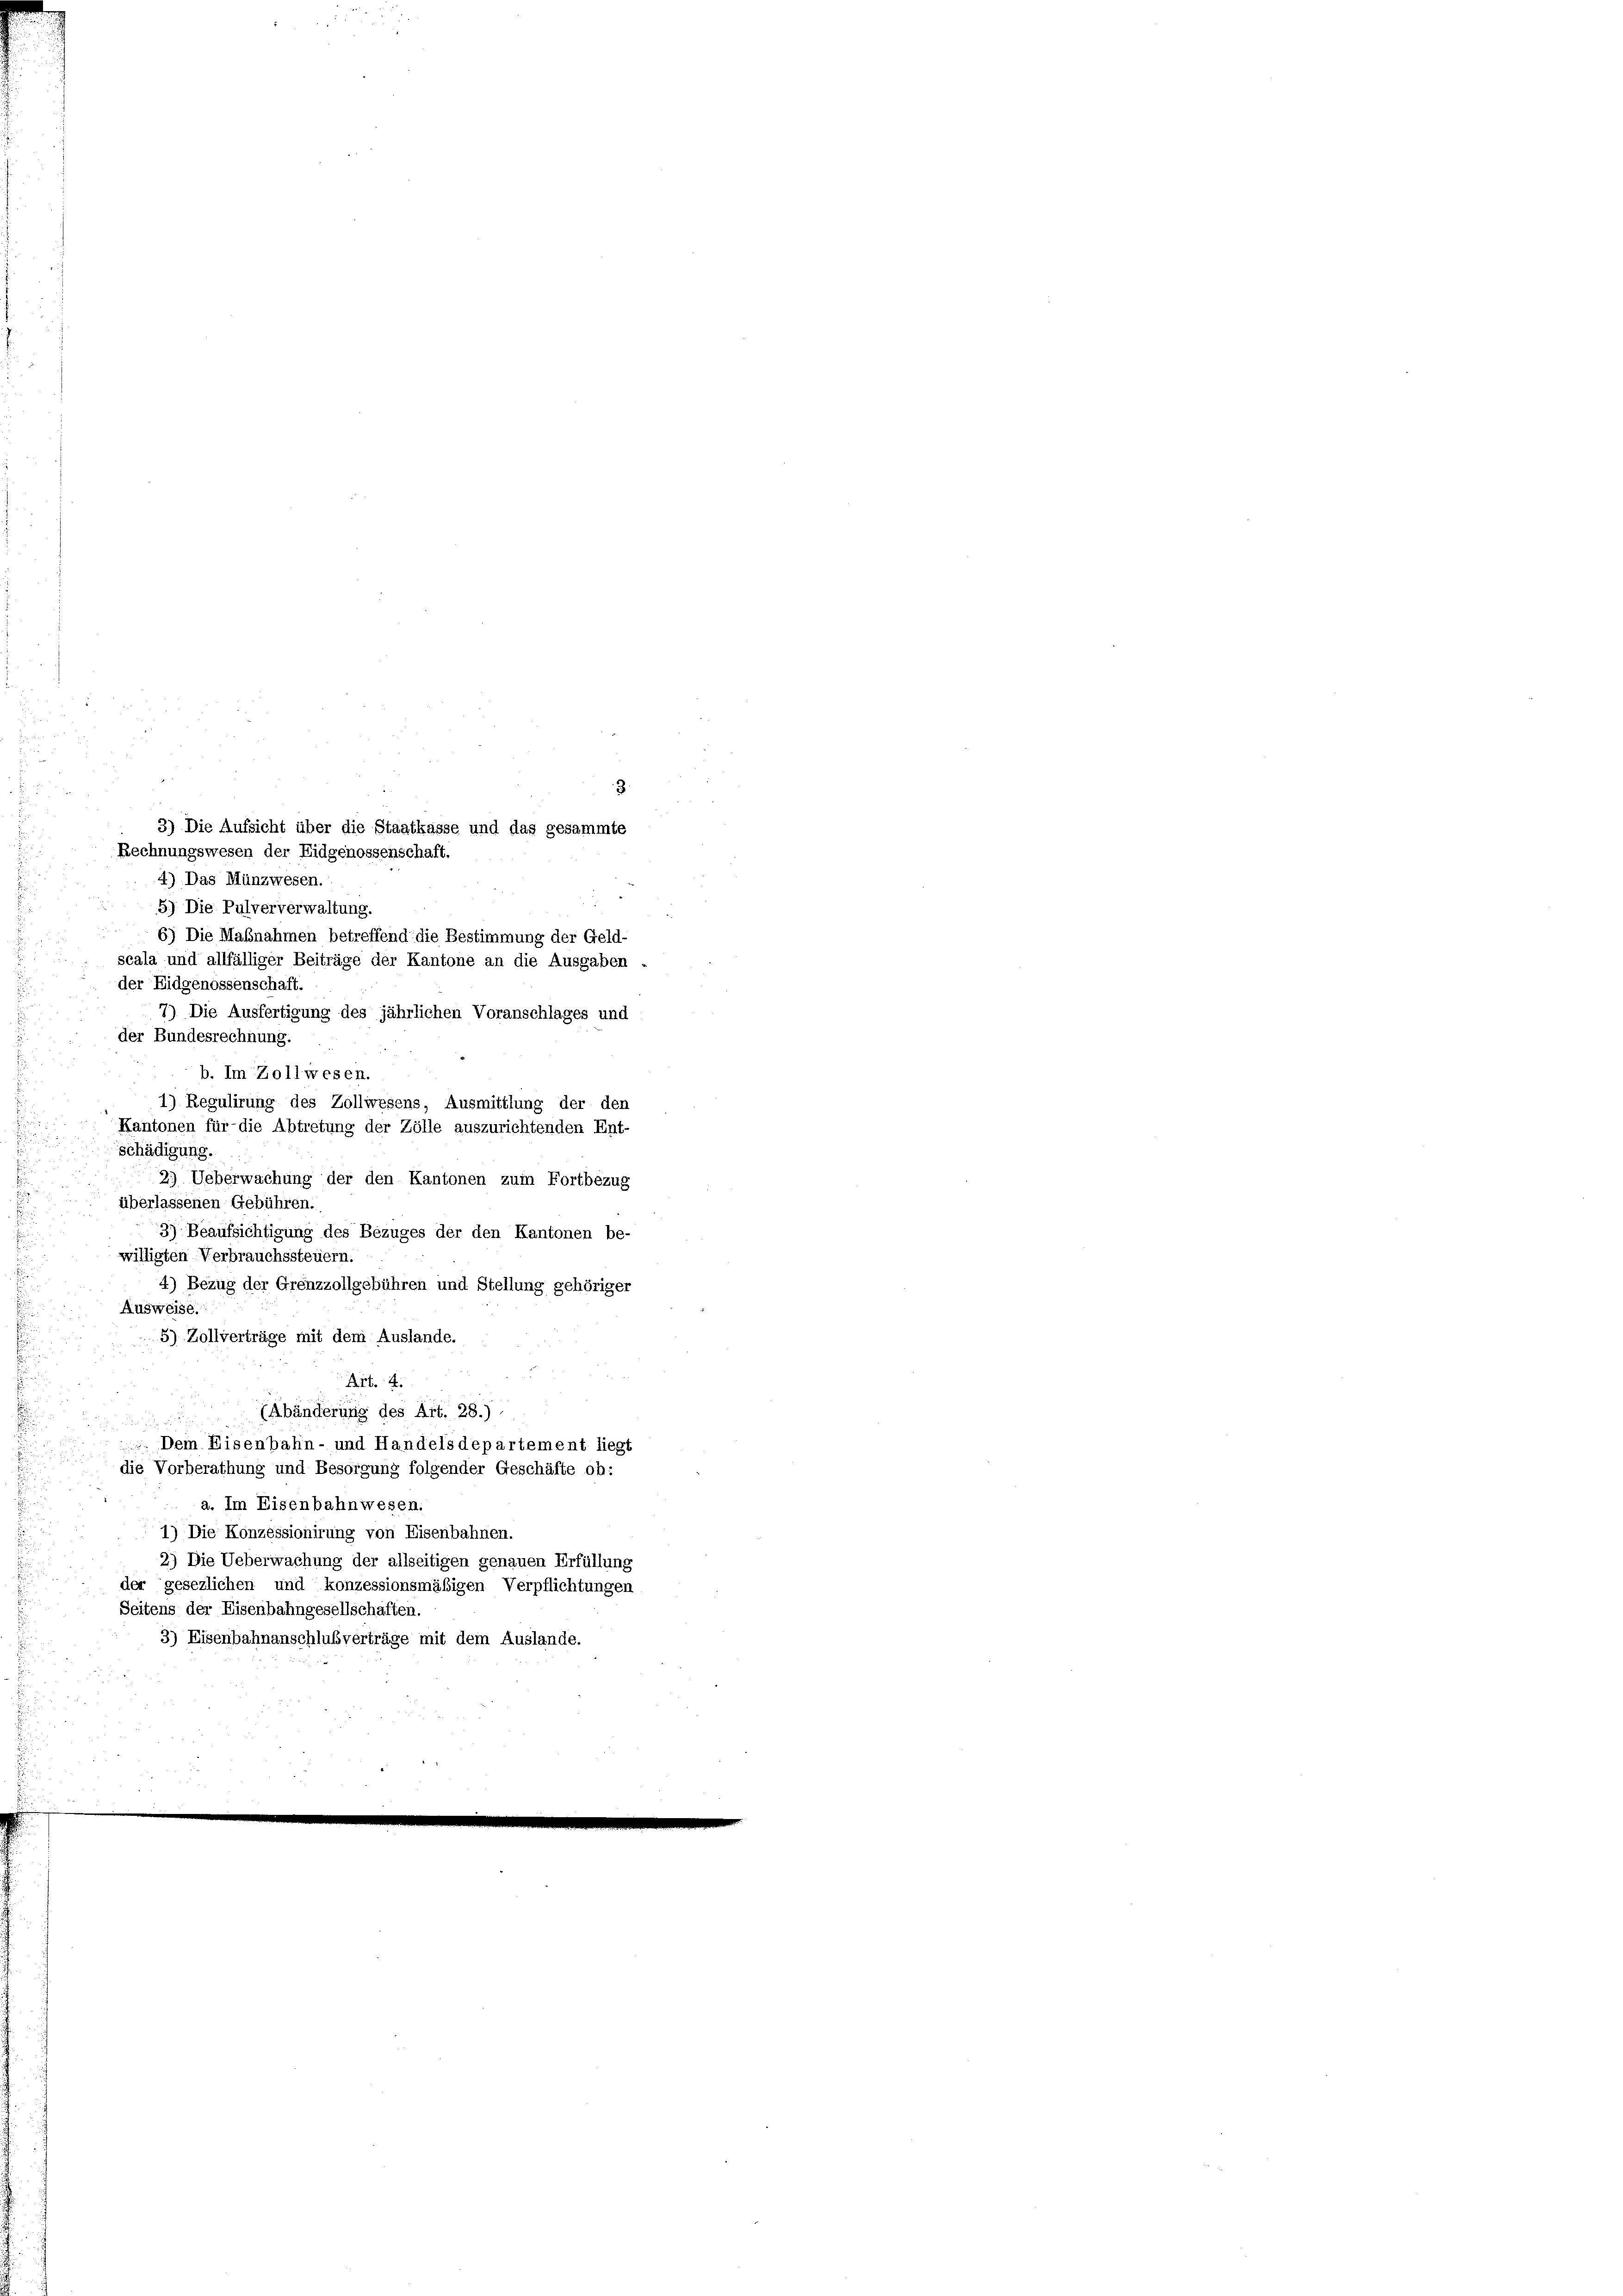
4) Das Münzwesen.
5.) Die Pulververwaltung.
u
6) Die Maßnahmen betreffend die Bestimmung der Geld-
scala und allfälliger Beiträge der Kantone an die Ausgaben.
der Eidgenossenschaft.
7) Die Ausfertigung des jährlichen Voranschlages und
der Bundesrechnung.
1) Regulirung des Zollwesens, Ausmittlung der den
Kantonen für die Abtretung der Zölle auszurichtenden Ent-
schädigung.
2.) Ueberwachung der den Kantonen zum Fortbezug
überlassenen Gebühren.
3) Beaufsichtigung des Bezuges der den Kantonen be-
willigten Verbrauchssteuern.
4) Bezug der Grenzzollgebühren und Stellung gehöriger
Ausweise.
5) Zollverträge mit dem Auslande.
Art. 4.
(Abänderung des Art. 28.)
Dem Eisenbahn- und Handelsdepartement liegt
die Vorberathung und Besorgung folgender Geschäfte ob:
a. Im Eisenbahnwesen.
1) Die Konzessionirung von Eisenbahnen.
2) Die Ueberwachung der allseitigen genauen Erfüllung
der gesezlichen und konzessionsmäßigen Verpflichtungen
Seitens der Eisenbahngesellschaften.
3) Eisenbahnanschlußverträge mit dem Auslande.

3) Die Aufsicht über die Staatkasse und das gesammte
Rechnungswesen der Eidgenossenschaft.

b. Im Zollwesen.

.